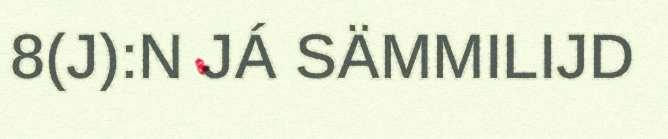
8(J):N JÁ SÄMMILIJD